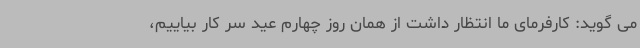
می گوید: کارفرمای ما انتظار داشت از همان روز چهارم عید سر کار بیاییم،